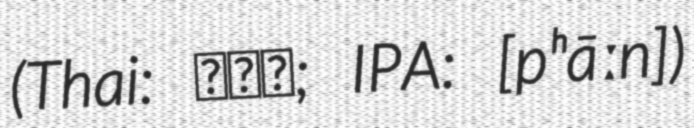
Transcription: (Thai: พาน; IPA: [pʰāːn])